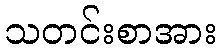
သတင်းစာအား